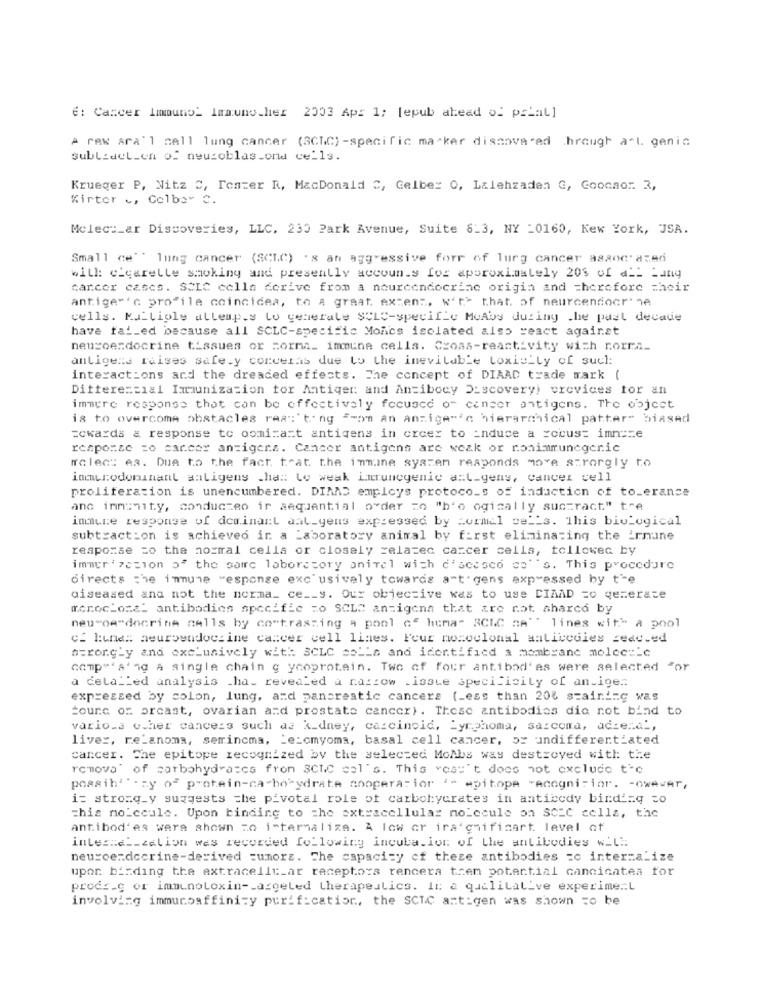
6: Cancer Immuno_ Immuno.her 2003 Apr 1; [epub ahead of priat]
A rew sra'l cell lung cancer (SCTC)-specific marker discovered hrough art. genin
sublidel_en of neuroblas.ond cells.
Krueger P, Nitz C, Tester R, MacDonald C, Gelber 0, Lalehzaden G, Goocaor. 3,
Kirtor ., Golbey C.
Molec :_ ar Discoveries, LLC, 230 Park Avenue, Suite 6-3, NY _0160, Kew York, JSA.
Small ce"' lung cancer (SCLC) 's an aggressive forr of lurg cancer associated
with cigarette smoking and presently accoun.s for approximately 20% of all Lung
carcer cases. SCLC cella derive from a nourcendocrine origin and therefore their
antigem's profile coincidea, to a great. extens, with that of neuroendocrine
cells. K.Lliole allemp.s to generate SCLc-specific MoAbs dutiny .he past decade
have failed because all SCLC-specific Moncs isolated also react against
neuroendocrine tissues or Forma_ immune cells. Cross-reactivity with rorra.
antigens raises safe.y conceias due to the inevitable toxic_ly of such:
interactions and the dreaded effects. The concept of DIAAD trade mark (
Differencial Immunization for Antiger: and Antibody Discovery) crevices for an
immune response that can be effectively focused or center antigens. The object
is to overcome obstacles rea":"ting "-on an anzige"'e hierarchical patter" biased
towards a response to oomi=a=t antigens in crcer to induce a cocus= imn == e
response =o cancer antigera. Cancer antigens are weak or nonimmunegeric
alec: es. Due to the fact trat the immune system responds move strongly to
inmaurodominant anligens .ha :: Lo weak imruncgenic azt_geny, cancer cell
proliferation is unencumbered. DIAAD employs protoco_s of induction of to_erance
anc immunity, conduczeo ir sequential o"der zo "h'o ogically suotract" tre
immune response of dominant ant_yens expressed by Formel cells. This biological
subtraction is achieved in a Laboratory animal by first eliminating the irmune
response =o the normal cella or closely zelazec cancer cells, tollowec by
immunization o" the same laboratory anivel wich c'scasco co 's. This procedure
directs the immune "esponse exclusively towards a"t" gens expressed hy t'e
diseased ana not the norma_ ce __ s. Our objective was to use CIMAD =o gecerate
monoc_oza" antibodies specific =o SCLC antigena that are not shared by
neu"oa"docrine calls by contrasting a pool of huma- RCLC se"" lines with a pool
c. lune: neuroendocrine cancer cell lines. Feur monoclonal antibodies sede.ed
a=ror.gly and exclusively with: SCLC soLLs and icertified a membrane molec =_ c
comp"' a'n A single chain g yooprotein. Two of four antibodies were selected for
a dela_Led analysis .ha_ revealed a razzow _issue specificity of an.ige ..
expressed by colon, lung, and pancreatic cancers (Less than 20% staining was
toune of orcast, ovarian and prostate cancer) . These antibodies die not bind to
vario_s ocher cancers such as k_dney, carcinoid, Lymphoma, sarcoma, accen.a .,
liver, re_anoma, semincma, Le:cmyoma, basal cell cancer, 5x undifferentiated
cancer. The epitope recognized by the selected MoAbs was destroyed with the
renova of carbohydrates from SCTC cal's. This wasn't does not exclude te
poesih''czy of protein-carbohydrate cooperarfor '- epitope "ecogni-for. - owever,
i= stronq_y suggests the pivotal role of carbohydrates in antibody binding co
=his no_ccule. Upon binding to the extracellular molecule on SCIC cella, the
antibod'es were shown zo i-termaliza. A low or ira'gnificart. level of
interna __ zation was recorded following incuba.lor of the antibodies will.
neuroendocrine-derived tumors. The capacity of these antibodies =c inter=alize
upor birding the extracellt_ar receptors rencera trem potential cancicatea for
prodi_c or immunotoxin -- azgeled therapeutics. In: a qualitative experime.L
involving immunoaffinity purification, the SCTC antigen was shown to be